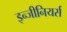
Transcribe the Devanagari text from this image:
इन्जीनियर्स